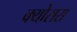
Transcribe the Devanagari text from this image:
क्योसरा